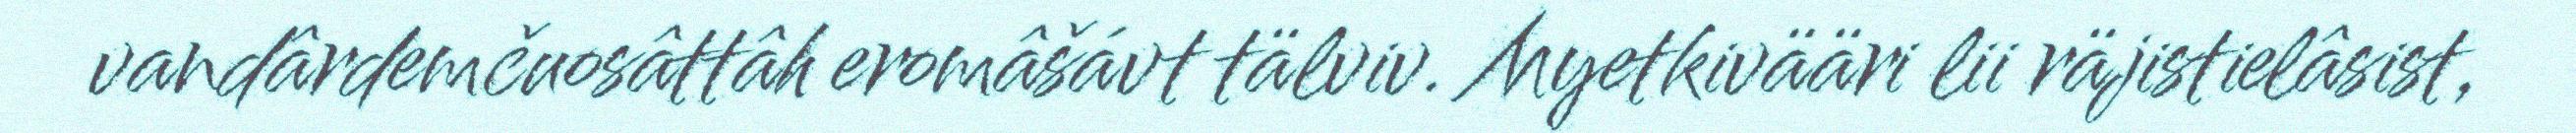
vandârdemčuosâttâh eromâšávt tälviv. Myetkivääri lii räjistielâsist,